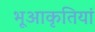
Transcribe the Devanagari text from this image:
भूआकृतियां